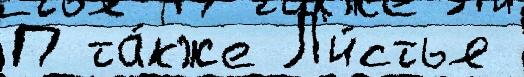
П та́кже Л'и́стья